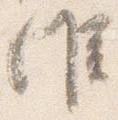
候